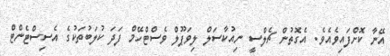
އޭނާ ކޮށްފައިވެއެވެ. އެގޮތުން ޗެލްސީ ނިއުކާސަލް ލިވަޕޫލް ވެސްޓްހޭމް ފަދަ ކުލަބުތަކުގެ އެސިސްޓެންޓް